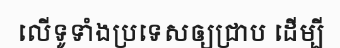
លើទូទាំងប្រទេសឲ្យជ្រាប ដើម្បី